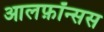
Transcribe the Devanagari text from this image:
आलफ़ॉन्सस